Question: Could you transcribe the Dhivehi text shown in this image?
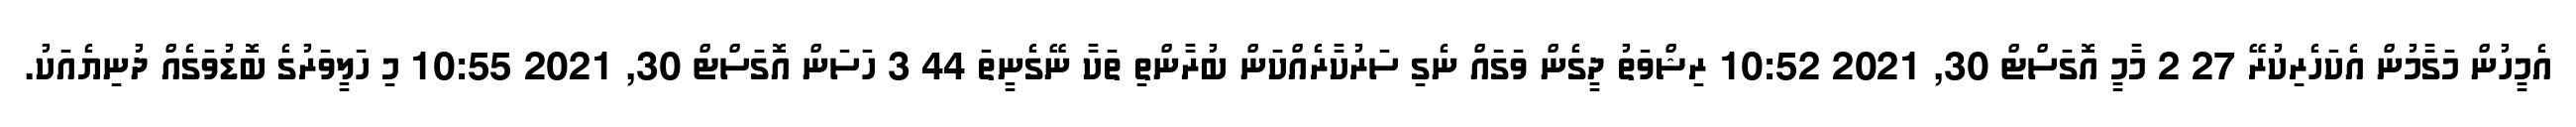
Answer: އެމީހުން މަގާމުން އެކަހެރިކުރޭ 27 2 މާމީ އޮގަސްޓް 30, 2021 10:52 ރިޝްވަތު ދީގެން ވަގައް ނެގި ސަރުކާރެއްކަން ބުރާންތި ތަކާ ނޭގެނީތަ 44 3 ހަސަން އޮގަސްޓް 30, 2021 10:55 މި ހަލީވަރުގެ ބޮޑުވަގެއް ދުނިޔެއަކު.